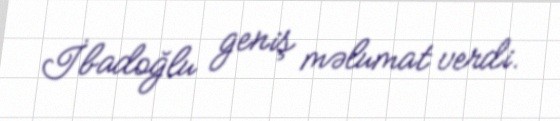
İbadoğlu geniş məlumat verdi.